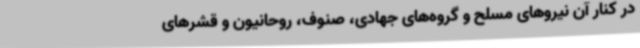
در کنار آن نیروهای مسلح و گروه‌های جهادی، صنوف، روحانیون و قشرهای